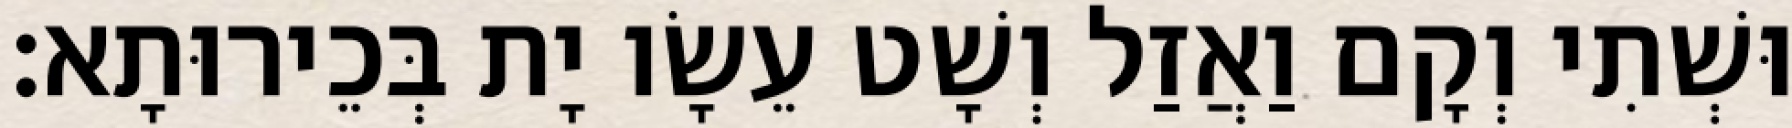
וּשְׁתִי וְקָם וַאֲזַל וְשָׁט עֵשָׂו יָת בְּכֵירוּתָא׃